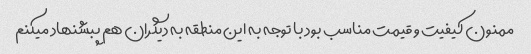
ممنون کیفیت و قیمت مناسب بود با توجه به این منطقه به دیگران هم پبشنهاد میکنم